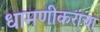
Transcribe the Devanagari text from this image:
धामणीकरांचा